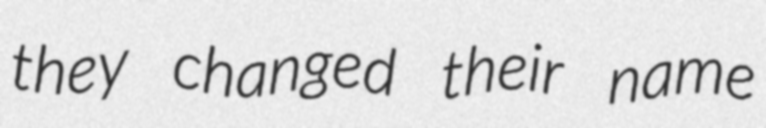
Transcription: they changed their name